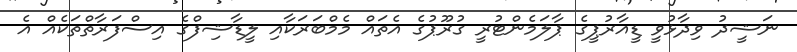
ނަޝީދު ވިދާޅުވީ ޑީއާރުޕީގެ ޕާލަމެންޓުރީ ގުރޫޕުގެ އެތައް މެމްބަރަކާއި ލީޑާޝިފްގެ އިސްފަރާތްތަކެއް އެ